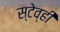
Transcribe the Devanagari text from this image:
स्टेव्ही